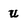
Character: U